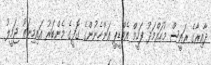
ދާއިރާގެ ރައީސް މުހައްމަދު ފަހީމް އެމްޑީޕީ އަންހެނުންގެ ގޮފީގެ މެންބަރު އައިމިނަތު ޖަމީލު